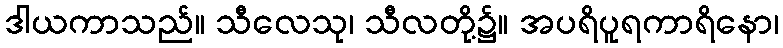
ဒါယကာသည်။ သီလေသု၊ သီလတို့၌။ အပရိပူရကာရိနော၊